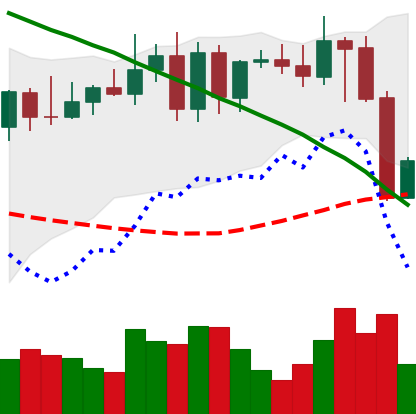
Ticker: XMR-USD
Chart end date: 2022-08-20
Forward return: 3.493%
Label: up_3_5